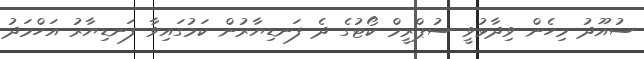
ސުއޫދު މިހެން ވިދާޅުވީ ސުޕްރީމް ކޯޓުގެ ދެ ފަނޑިޔާރުން ކަމުގައިވާ ފަނޑިޔާރު އަހްމަދު